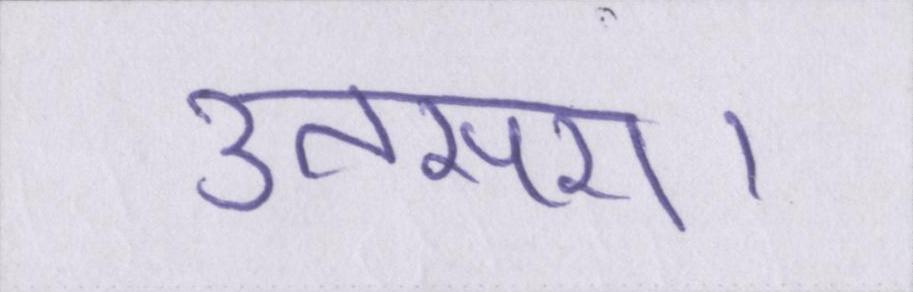
उतसरा।